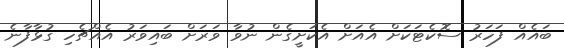
ބައެއް ފަހަރު ސޮކެޓަކަށް އެއަށް އެކަށީގެން ނުވާ ވަރަށް ބައިވަރު އެއްޗެހި ގުޅާފާނެ